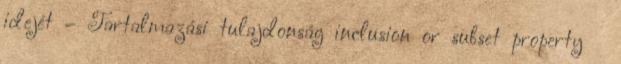
idejét – Tartalmazási tulajdonság inclusion or subset property ●